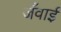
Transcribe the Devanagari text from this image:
जँवाई